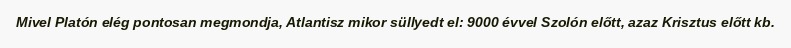
Mivel Platón elég pontosan megmondja, Atlantisz mikor süllyedt el: 9000 évvel Szolón előtt, azaz Krisztus előtt kb.